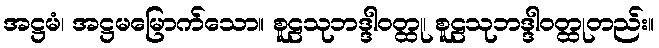
အဋ္ဌမံ၊ အဋ္ဌမမြောက်သော။ စူဠသုဘဒ္ဒါဝတ္ထု၊ စူဠသုဘဒ္ဒါဝတ္ထုတည်း။